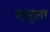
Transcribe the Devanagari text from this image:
राघुला